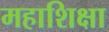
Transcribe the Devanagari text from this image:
महाशिक्षा